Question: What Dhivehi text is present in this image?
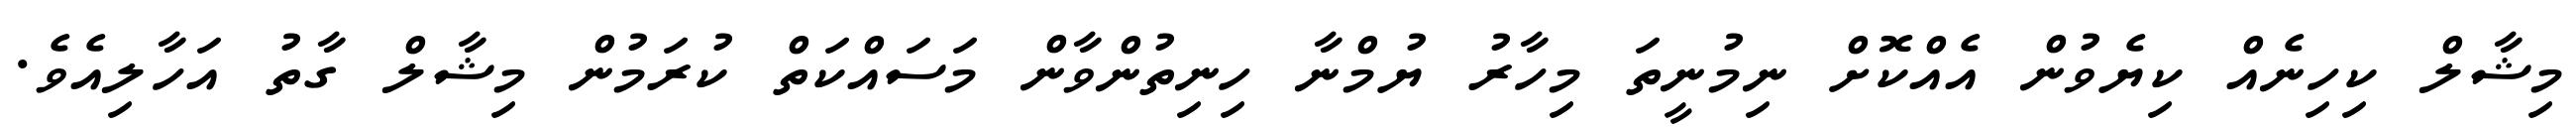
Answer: މިޝާލް ކިހިނެއް ކިޔެވުން އެއްކޮށް ނިމުނީތަ މިހާރު ޔުމްނާ ހިނިތުންވާން މަސައްކަތް ކުރަމުން މިޝާލް ގާތު އަހާލިއެވެ.